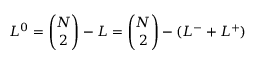
L ^ { 0 } = \binom { N } { 2 } - L = \binom { N } { 2 } - ( L ^ { - } + L ^ { + } )